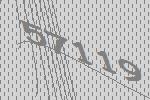
57119